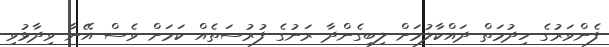
ފެންވަރުގެ ހިދުމަތް ދައްކާލުމަށް ލިބިގެންދާ ރަނުގެ ފުރުސަތެއް ކަމަށް ވެސް އޭނާ ވިދާޅުވި